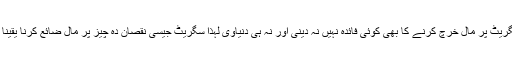
چونکہ سگریٹ پر مال خرچ کرنے کا بھی کوئی فائدہ نہیں نہ دینی اور نہ ہی دنیاوی لہذا سگریٹ جیسی نقصان دہ چیز پر مال ضائع کرنا یقینا حرام ہے۔